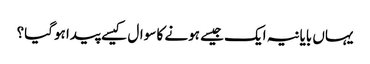
یہاں بایانیہ ایک جیسے ہونے کا سوال کیسے پیدا ہوگیا؟